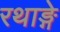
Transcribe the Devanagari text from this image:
रथाङ्गे